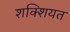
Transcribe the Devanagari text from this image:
शक्शियत